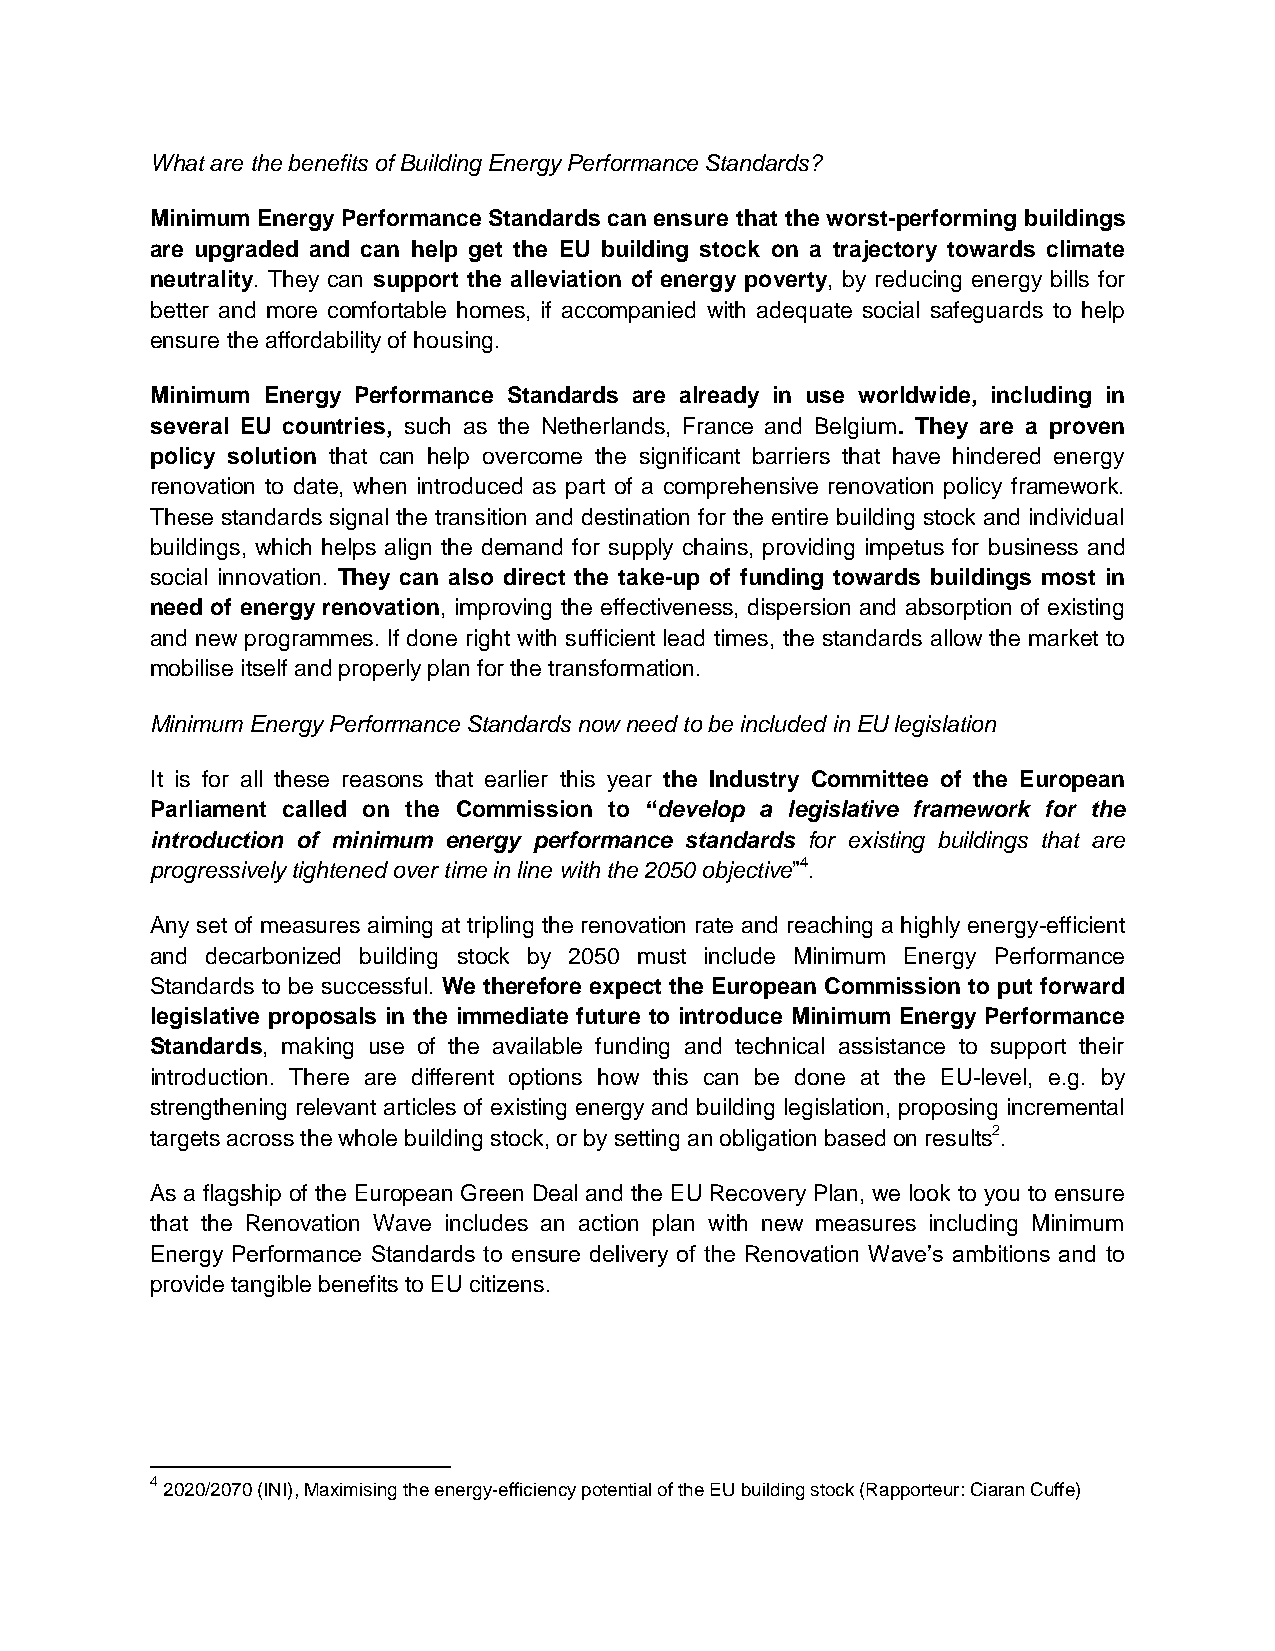
What are the benefits of Building Energy Performance Standards?
 Minimum Energy Performance Standards can ensure that the worst-performing buildings
 are upgraded and can help get the EU building stock on a trajectory towards climate
 neutrality. They can support the alleviation of energy poverty, by reducing energy bills for
 better and more comfortable homes, if accompanied with adequate social safeguards to help
 ensure the affordability of housing.
 Minimum Energy Performance Standards are already in use worldwide, including in
 several EU countries, such as the Netherlands, France and Belgium. They are a proven
 policy solution that can help overcome the significant barriers that have hindered energy
 renovation to date, when introduced as part of a comprehensive renovation policy framework.
 These standards signal the transition and destination for the entire building stock and individual
 buildings, which helps align the demand for supply chains, providing impetus for business and
 social innovation. They can also direct the take-up of funding towards buildings most in
 need of energy renovation, improving the effectiveness, dispersion and absorption of existing
 and new programmes. If done right with sufficient lead times, the standards allow the market to
 mobilise itself and properly plan for the transformation.
 Minimum Energy Performance Standards now need to be included in EU legislation
 It is for all these reasons that earlier this year the Industry Committee of the European
 Parliament called on the Commission to “develop a legislative framework for the
 introduction of minimum energy performance standards for existing buildings that are
 progressively tightened over time in line with the 2050 objective”4.
 Any set of measures aiming at tripling the renovation rate and reaching a highly energy-efficient
 and decarbonized building stock by 2050 must include Minimum Energy Performance
 Standards to be successful. We therefore expect the European Commission to put forward
 legislative proposals in the immediate future to introduce Minimum Energy Performance
 Standards, making use of the available funding and technical assistance to support their
 introduction. There are different options how this can be done at the EU-level, e.g. by
 strengthening relevant articles of existing energy and building legislation, proposing incremental
 targets across the whole building stock, or by setting an obligation based on results2.
 As a flagship of the European Green Deal and the EU Recovery Plan, we look to you to ensure
 that the Renovation Wave includes an action plan with new measures including Minimum
 Energy Performance Standards to ensure delivery of the Renovation Wave’s ambitions and to
 provide tangible benefits to EU citizens.
 4
 2020/2070 (INI), Maximising the energy-efficiency potential of the EU building stock (Rapporteur: Ciaran Cuffe)